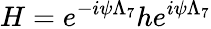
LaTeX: H=e^{-i\psi\Lambda_{7}}he^{i\psi\Lambda_{7}}